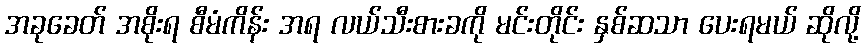
အခုခေတ် အစိုးရ စီမံကိန်း အရ လယ်သီးစားခကို မင်းတိုင်း နှစ်ဆသာ ပေးရမယ် ဆိုလို့